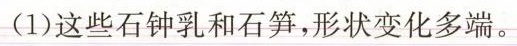
(1)这些石钟乳和石笋，形状变化多端。